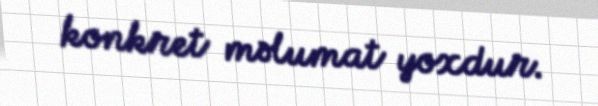
konkret məlumat yoxdur.